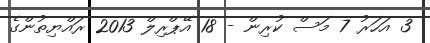
3 އަހަރު 7 މަސް ކުރިން - 18 އޭޕްރިލް 2013 ރައްޔިތުންގެ